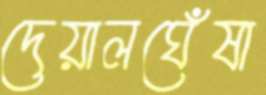
দেয়ালঘেঁষা